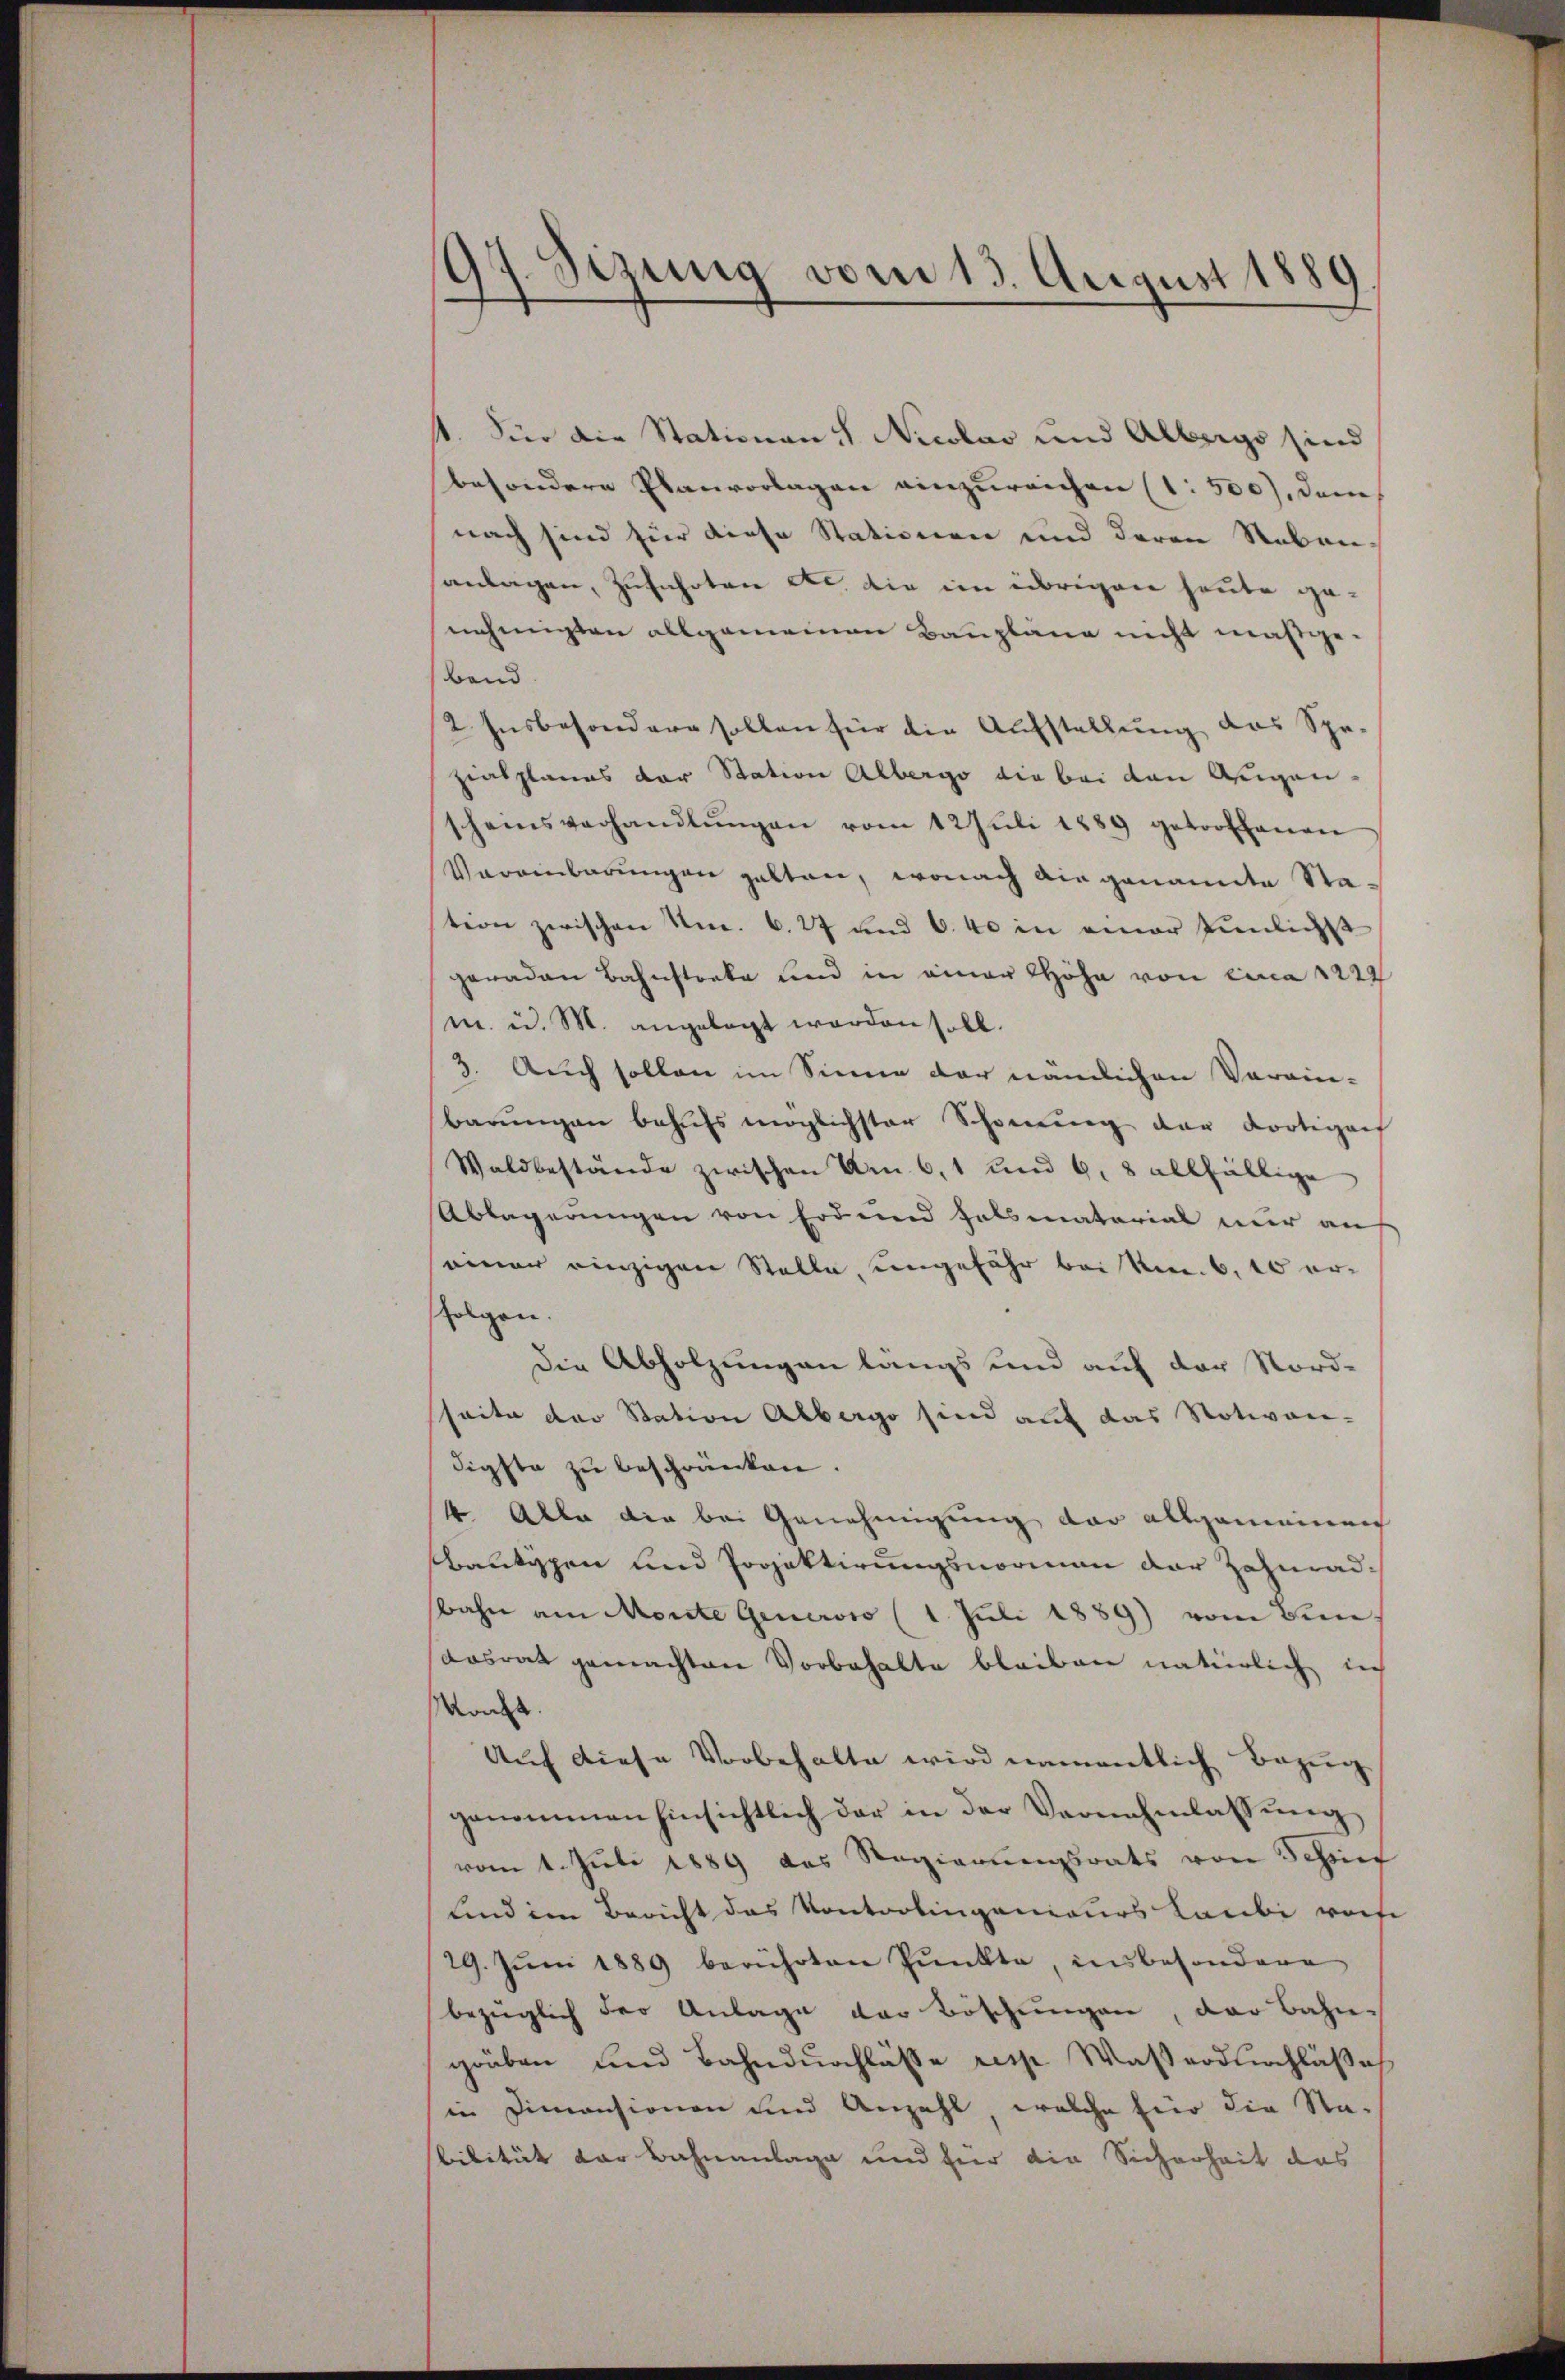
97. Sizung vom 13. August 1889

t. Für die Stationen S. Nicolas und Albergs sind
besondere Planvorlagen einzureichen (1. 500), dem
nach sind für diese Stationen und deren Neben
sanlagen, Zufahrten Dr. die im übrigen heute genehmigten allgemeinen Baupläne nicht maßgeband
2. Insbesondern sollen für die Aufstellung das Spe-
ziasplanes der Station Albergo die bei den Agen
scheinsverhandlŭngen vom 12 Juli 1889 getroffenen
Vereinbarungen galten, wonach ain genannte Sta-
tion zwischen Nr. 6. 27 und 6. 40 in einer Punlichst
geraden Bahnstrate und in einer Höhe von Lina 1222
m. u. M. angelegt werden soll.
3. Auch sollen im Sinne der nämlichen Vorain-
barŭngen behufs möglichster Schonung der dortigen
Waldbestände zwischen Am 6. 1 und 6. 8 allfällige
Ablagerungen von Erd und falsmaterial nur auf
seiner einzigen Stelle, ungefähr bei kn. 6, 10 erfolgen.
Die Abholzungen längs und auf der Nord-
seite der Station Alberg sind auf das Notivon-
digste zŭ beschränken.
4 Alle die bei Genehmigung der allgemeinen
bantischen und Projektirungsnormann der Zahnad¬
Bahn am Monte Generoso (1. Juli 1889) vom Senn
Aasrat gemachten Vorbehalte bleiben natürlich in
Macht.
Auf diese Vorbehalte wird namentlich Bezug
genommen hinsichtlich der in der Vernehmlassŭng
vom 1. Juli 1889 des Regierungsrats von Schrief
und im Bericht das Kontrolingenieurs Laubi vorhe
29. Jŭni 1889 berührten Punkte, insbesondere
bezüglich der Anlage der Böschungen, der Bahn-
grüben und Bahndurchlässe resp Waßerdurchläße
in Dimensionen und Anzahl, welche für die Na-
bilität der Bahnanlage und hier die Sicherheit das